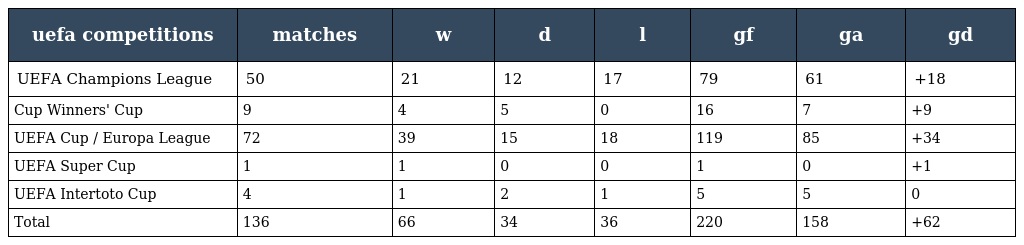
| uefa competitions | matches | w | d | l | gf | ga | gd |
 | --- | --- | --- | --- | --- | --- | --- | --- |
 | UEFA Champions League | 50 | 21 | 12 | 17 | 79 | 61 | +18 |
 | Cup Winners' Cup | 9 | 4 | 5 | 0 | 16 | 7 | +9 |
 | UEFA Cup / Europa League | 72 | 39 | 15 | 18 | 119 | 85 | +34 |
 | UEFA Super Cup | 1 | 1 | 0 | 0 | 1 | 0 | +1 |
 | UEFA Intertoto Cup | 4 | 1 | 2 | 1 | 5 | 5 | 0 |
 | Total | 136 | 66 | 34 | 36 | 220 | 158 | +62 |